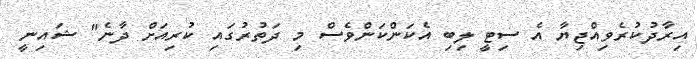
އިރާދުކުރެވިއްޖިޔާ އެ ސިޓީ ލިބި އެކަންކަންވެސް މި ދަތުރުގައި ކުރިއަށް ދާނެ" ޝައިނީ